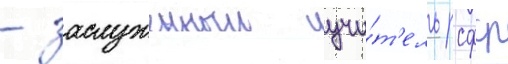
- заслуженныи учи́т'ель рсфср